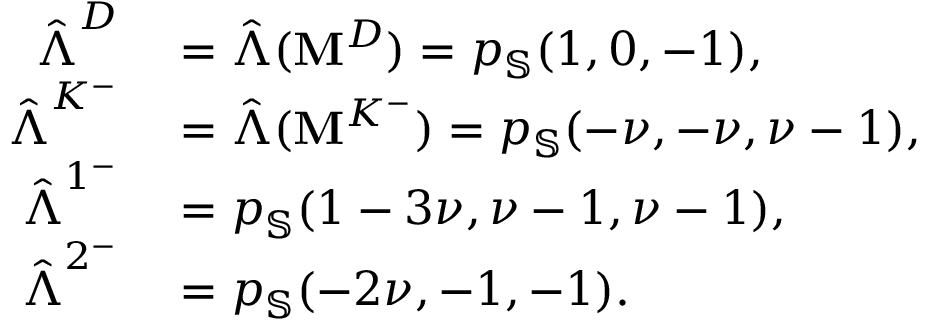
\begin{array} { r l } { \hat { \boldsymbol { \Lambda } } ^ { D } } & { { } = \hat { \boldsymbol { \Lambda } } ( \mathbf { M } ^ { D } ) = p _ { \mathbb { S } } ( 1 , 0 , - 1 ) , } \\ { \hat { \boldsymbol { \Lambda } } ^ { K ^ { - } } } & { { } = \hat { \boldsymbol { \Lambda } } ( \mathbf { M } ^ { K ^ { - } } ) = p _ { \mathbb { S } } ( - \nu , - \nu , \nu - 1 ) , } \\ { \hat { \boldsymbol { \Lambda } } ^ { 1 ^ { - } } } & { { } = p _ { \mathbb { S } } ( 1 - 3 \nu , \nu - 1 , \nu - 1 ) , } \\ { \hat { \boldsymbol { \Lambda } } ^ { 2 ^ { - } } } & { { } = p _ { \mathbb { S } } ( - 2 \nu , - 1 , - 1 ) . } \end{array}